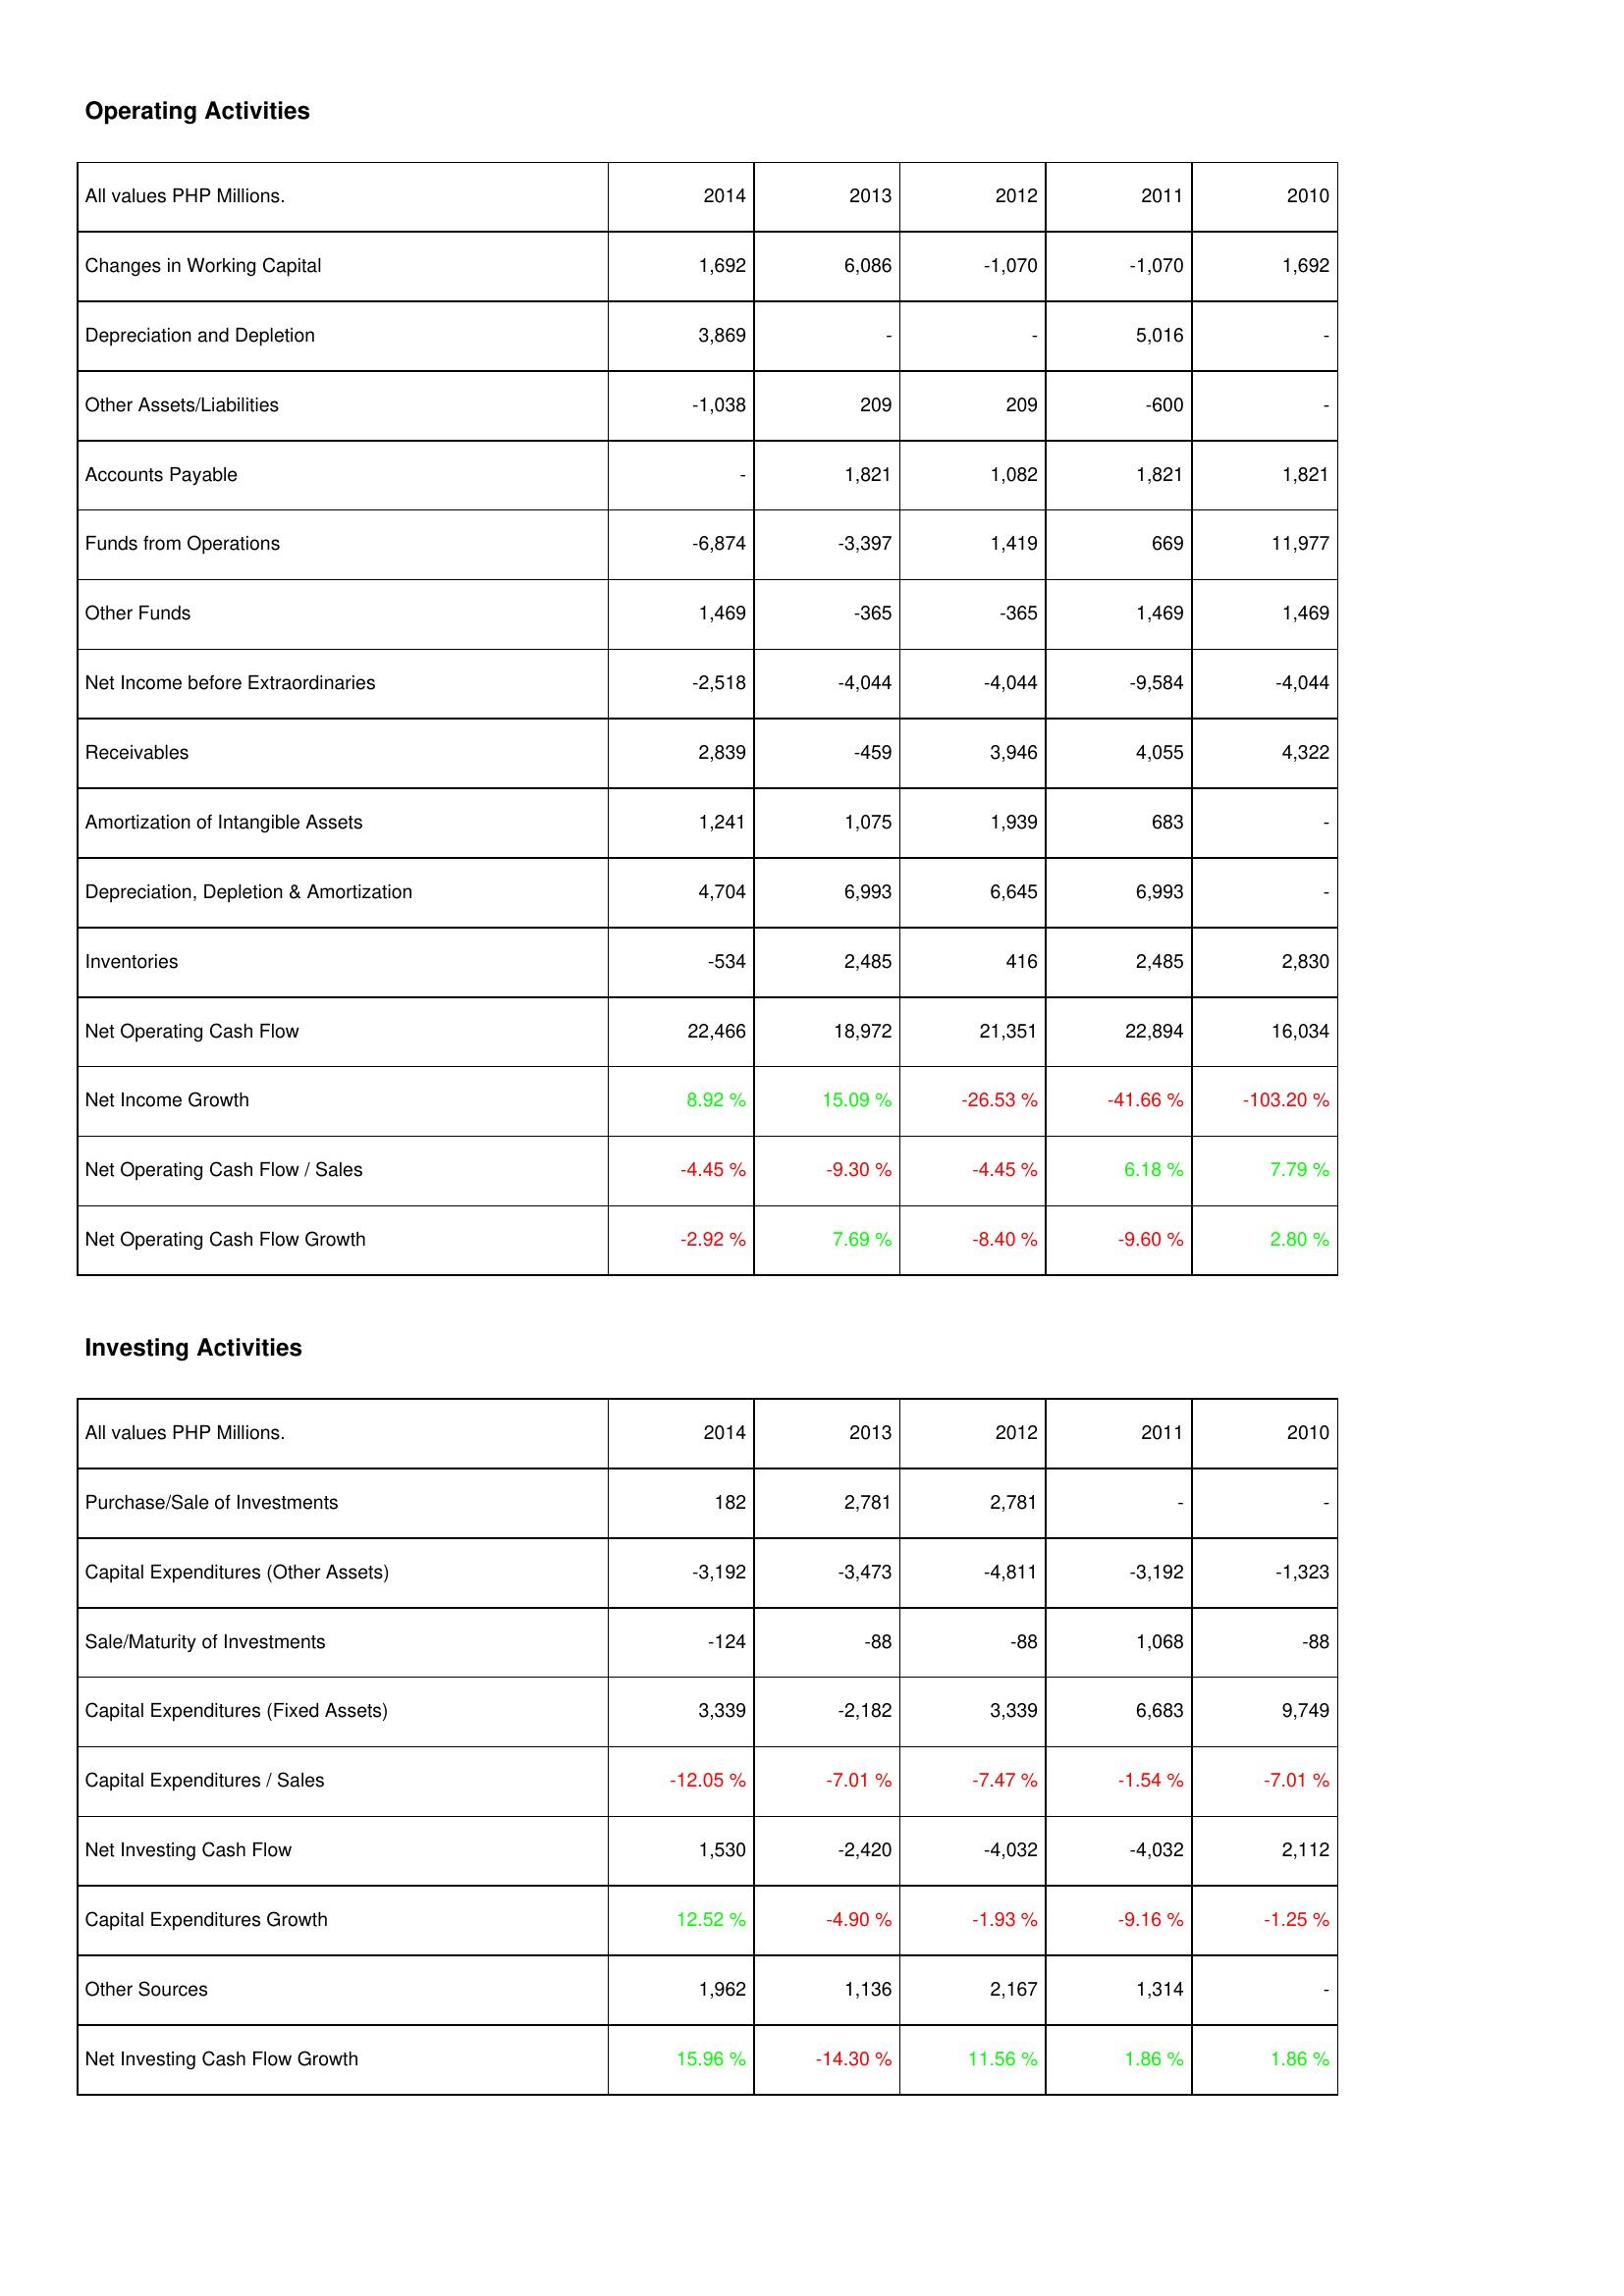
2014: Operating Activities: Changes in Working Capital: 1,692
Depreciation and Depletion: 3,869
Other Assets/Liabilities: -1,038
Accounts Payable: -
Funds from Operations: -6,874
Other Funds: 1,469
Net Income before Extraordinaries: -2,518
Receivables: 2,839
Amortization of Intangible Assets: 1,241
Depreciation, Depletion & Amortization: 4,704
Inventories: -534
Net Operating Cash Flow: 22,466
Net Income Growth: 8.92 %
Net Operating Cash Flow / Sales: -4.45 %
Net Operating Cash Flow Growth: -2.92 %
Investing Activities: Purchase/Sale of Investments: 182
Capital Expenditures (Other Assets): -3,192
Sale/Maturity of Investments: -124
Capital Expenditures (Fixed Assets): 3,339
Capital Expenditures / Sales: -12.05 %
Net Investing Cash Flow: 1,530
Capital Expenditures Growth: 12.52 %
Other Sources: 1,962
Net Investing Cash Flow Growth: 15.96 %
2013: Operating Activities: Changes in Working Capital: 6,086
Depreciation and Depletion: -
Other Assets/Liabilities: 209
Accounts Payable: 1,821
Funds from Operations: -3,397
Other Funds: -365
Net Income before Extraordinaries: -4,044
Receivables: -459
Amortization of Intangible Assets: 1,075
Depreciation, Depletion & Amortization: 6,993
Inventories: 2,485
Net Operating Cash Flow: 18,972
Net Income Growth: 15.09 %
Net Operating Cash Flow / Sales: -9.30 %
Net Operating Cash Flow Growth: 7.69 %
Investing Activities: Purchase/Sale of Investments: 2,781
Capital Expenditures (Other Assets): -3,473
Sale/Maturity of Investments: -88
Capital Expenditures (Fixed Assets): -2,182
Capital Expenditures / Sales: -7.01 %
Net Investing Cash Flow: -2,420
Capital Expenditures Growth: -4.90 %
Other Sources: 1,136
Net Investing Cash Flow Growth: -14.30 %
2012: Operating Activities: Changes in Working Capital: -1,070
Depreciation and Depletion: -
Other Assets/Liabilities: 209
Accounts Payable: 1,082
Funds from Operations: 1,419
Other Funds: -365
Net Income before Extraordinaries: -4,044
Receivables: 3,946
Amortization of Intangible Assets: 1,939
Depreciation, Depletion & Amortization: 6,645
Inventories: 416
Net Operating Cash Flow: 21,351
Net Income Growth: -26.53 %
Net Operating Cash Flow / Sales: -4.45 %
Net Operating Cash Flow Growth: -8.40 %
Investing Activities: Purchase/Sale of Investments: 2,781
Capital Expenditures (Other Assets): -4,811
Sale/Maturity of Investments: -88
Capital Expenditures (Fixed Assets): 3,339
Capital Expenditures / Sales: -7.47 %
Net Investing Cash Flow: -4,032
Capital Expenditures Growth: -1.93 %
Other Sources: 2,167
Net Investing Cash Flow Growth: 11.56 %
2011: Operating Activities: Changes in Working Capital: -1,070
Depreciation and Depletion: 5,016
Other Assets/Liabilities: -600
Accounts Payable: 1,821
Funds from Operations: 669
Other Funds: 1,469
Net Income before Extraordinaries: -9,584
Receivables: 4,055
Amortization of Intangible Assets: 683
Depreciation, Depletion & Amortization: 6,993
Inventories: 2,485
Net Operating Cash Flow: 22,894
Net Income Growth: -41.66 %
Net Operating Cash Flow / Sales: 6.18 %
Net Operating Cash Flow Growth: -9.60 %
Investing Activities: Purchase/Sale of Investments: -
Capital Expenditures (Other Assets): -3,192
Sale/Maturity of Investments: 1,068
Capital Expenditures (Fixed Assets): 6,683
Capital Expenditures / Sales: -1.54 %
Net Investing Cash Flow: -4,032
Capital Expenditures Growth: -9.16 %
Other Sources: 1,314
Net Investing Cash Flow Growth: 1.86 %
2010: Operating Activities: Changes in Working Capital: 1,692
Depreciation and Depletion: -
Other Assets/Liabilities: -
Accounts Payable: 1,821
Funds from Operations: 11,977
Other Funds: 1,469
Net Income before Extraordinaries: -4,044
Receivables: 4,322
Amortization of Intangible Assets: -
Depreciation, Depletion & Amortization: -
Inventories: 2,830
Net Operating Cash Flow: 16,034
Net Income Growth: -103.20 %
Net Operating Cash Flow / Sales: 7.79 %
Net Operating Cash Flow Growth: 2.80 %
Investing Activities: Purchase/Sale of Investments: -
Capital Expenditures (Other Assets): -1,323
Sale/Maturity of Investments: -88
Capital Expenditures (Fixed Assets): 9,749
Capital Expenditures / Sales: -7.01 %
Net Investing Cash Flow: 2,112
Capital Expenditures Growth: -1.25 %
Other Sources: -
Net Investing Cash Flow Growth: 1.86 %